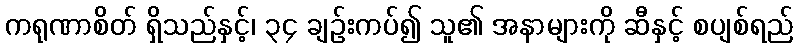
ကရုဏာစိတ် ရှိသည်နှင့်၊ ၃၄ ချဉ်းကပ်၍ သူ၏ အနာများကို ဆီနှင့် စပျစ်ရည်